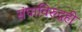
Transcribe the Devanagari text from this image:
संघाविरुद्धही